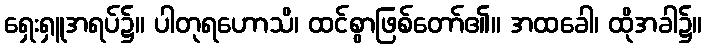
ရှေးရှူအရပ်၌။ ပါတုရဟောသိ၊ ထင်စွာဖြစ်တော်၏။ အထခေါ၊ ထိုအခါ၌။